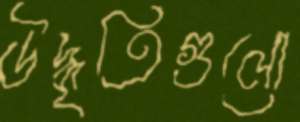
উদ্ধৃতিগুলো